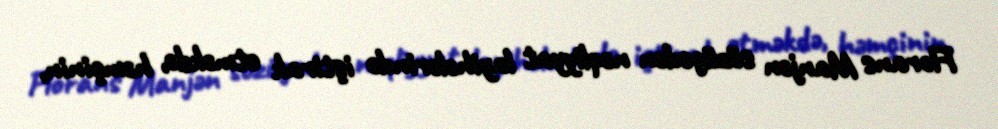
Florans Manjən sözügedən nəqliyyat layihələrində iştirak etməkdə, həmçinin,